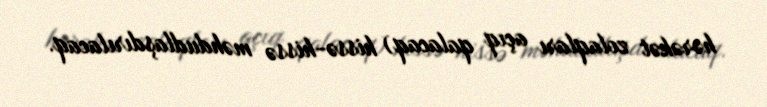
hərəkət zolaqları açıq qalacaq) hissə-hissə məhdudlaşdırılacaq.